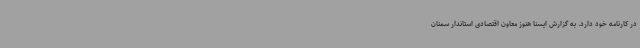
در کارنامه خود دارد. به گزارش ایسنا هنوز معاون اقتصادی استاندار سمنان